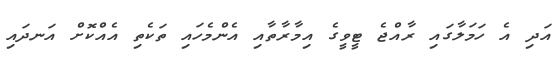
އަދި އެ ހަމަލާގައި ރާއްޖެ ޓީވީގެ އިމާރާތާއި އެންމެހައި ތަކެތި އެއްކޮށް އަނދައި